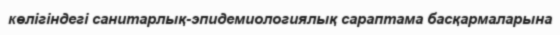
көлігіндегі санитарлық-эпидемиологиялық сараптама басқармаларына